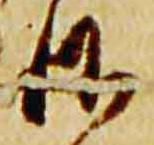
御